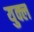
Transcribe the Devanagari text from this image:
युक्ल